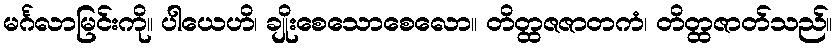
မင်္ဂလာမြင်းကို။ ပါယေဟိ၊ ချိုးစေသောစေလော။ တိတ္ထဇဇာတကံ၊ တိတ္ထဇာတ်သည်။